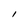
Character: l